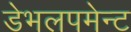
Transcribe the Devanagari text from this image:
डेभलपमेन्ट